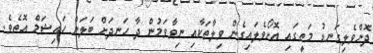
ދޮންވެލިގަނޑު މަތީގައި އޮށޯވެލައިގެން ވިލާތަކާއި ނިވާވަމުން ދާ ހަނދަށް ބަލަން ހައިޝަމް އޮތެވެ.